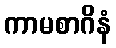
ကာမစာဂိနံ